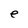
Character: e